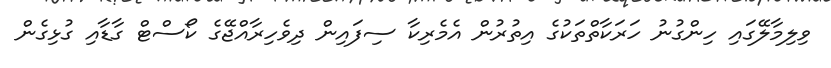
ވިލިމާލޭގައި ހިންގުނު ހަރަކާތްތަކުގެ އިތުރުން އެމެރިކާ ސިފައިން ދިވެހިރާއްޖޭގެ ކޯސްޓް ގާޑާއި ގުޅިގެން